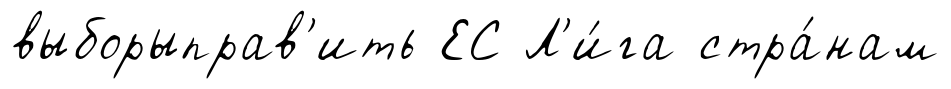
выборыправ'ить ЕС Л'и́га стра́нам